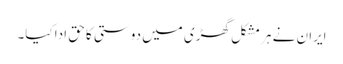
ایران نے ہر مشکل گھڑی میں دوستی کا حق ادا کیا۔